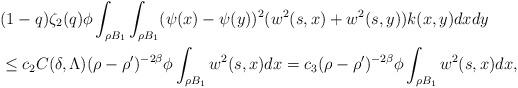
LaTeX: \begin{align*}& (1-q)\zeta_{2}(q)\phi\int_{\rho B_{1}}\int_{\rho B_{1}}(\psi(x)-\psi(y))^{2}(w^{2}(s,x) + w^{2}(s,y))k(x,y)dxdy \\& \leq c_{2}C(\delta,\Lambda)(\rho-\rho')^{-2\beta}\phi\int_{\rho B_{1}}w^{2}(s,x)dx= c_{3}(\rho-\rho')^{-2\beta}\phi\int_{\rho B_{1}}w^{2}(s,x)dx,\end{align*}